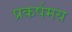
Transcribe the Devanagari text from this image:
प्रकर्षमय